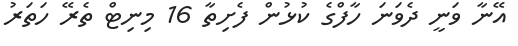
އޭނާ ވަނީ ދެވަނަ ހާފްގެ ކުޅުން ފެށިތާ 16 މިނިޓް ތެރޭ ހަތަރު